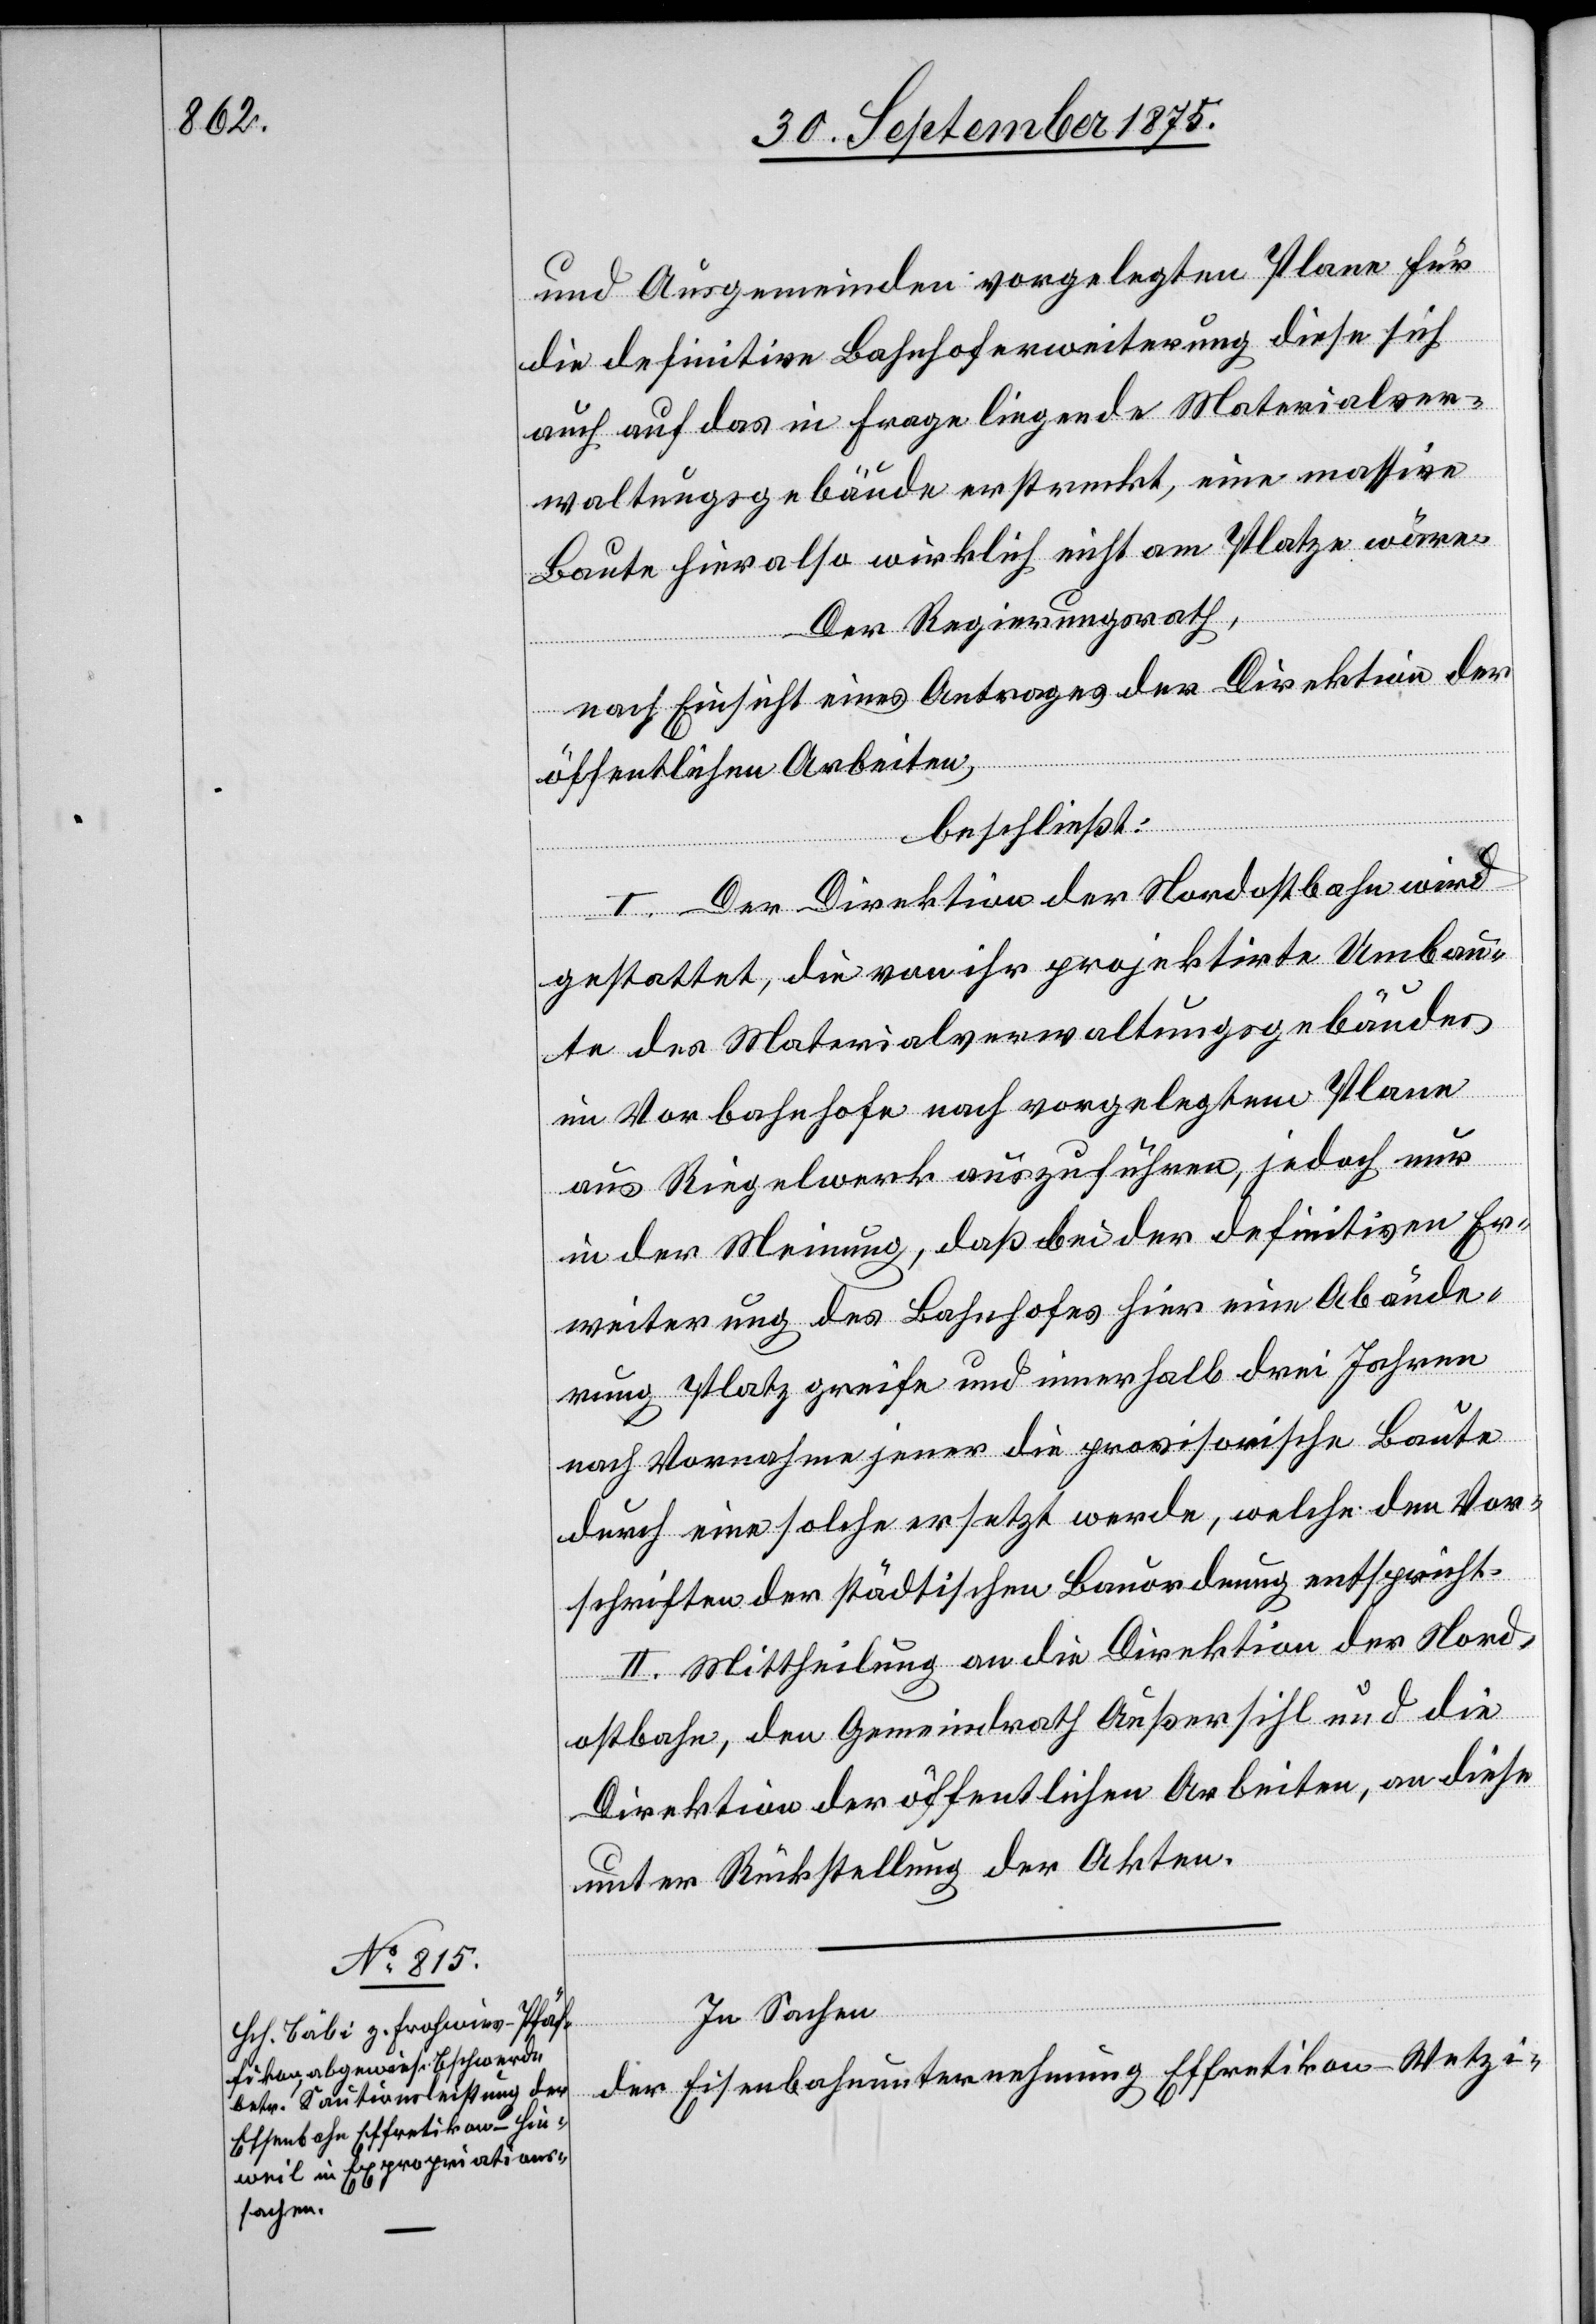
und Ausgemeinden vorgelegten Plane für
die definitive Bahnhoferweiterung diese sich
auch auf das in Frage liegende Materialver¬
waltungsgebäude erstreckt, eine massive
Baute hier also wirklich nicht am Platze wäre.
Der Regierungsrath,
nach Einsicht eines Antrages der Direktion der
öffentlichen Arbeiten,
beschließt:
I. Der Direktion der Nordostbahn wird
gestattet, die von ihr projektirte Umbau¬
te des Materialverwaltungsgebäudes
im Vorbahnhofe nach vorgelegtem Plane
aus Riegelwerk auszuführen, jedoch nur
in der Meinung, daß bei der definitiven Er¬
weiterung des Bahnhofes hier eine Abände¬
rung Platz greife und innerhalb drei Jahren
nach Vornahme jener die provisorische Baute
durch eine solche ersetzt werde, welche den Vor¬
schriften der städtischen Bauordnung entspricht.
II. Mittheilung an die Direktion der Nord¬
ostbahn, den Gemeindrath Außersihl und die
Direktion der öffentlichen Arbeiten, an diese
unter Rückstellung der Akten.
In Sachen
der Eisenbahnunternehmung Effretikon–Wetzi-